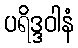
ပရိဒ္ဒဝါနံ